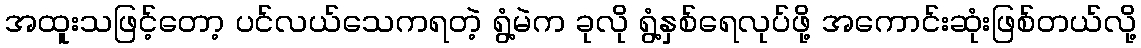
အထူးသဖြင့်တော့ ပင်လယ်သေကရတဲ့ ရွံ့မဲက ခုလို ရွံ့နှစ်ရေလုပ်ဖို့ အကောင်းဆုံးဖြစ်တယ်လို့